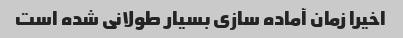
اخیرا زمان آماده سازی بسیار طولانی شده است